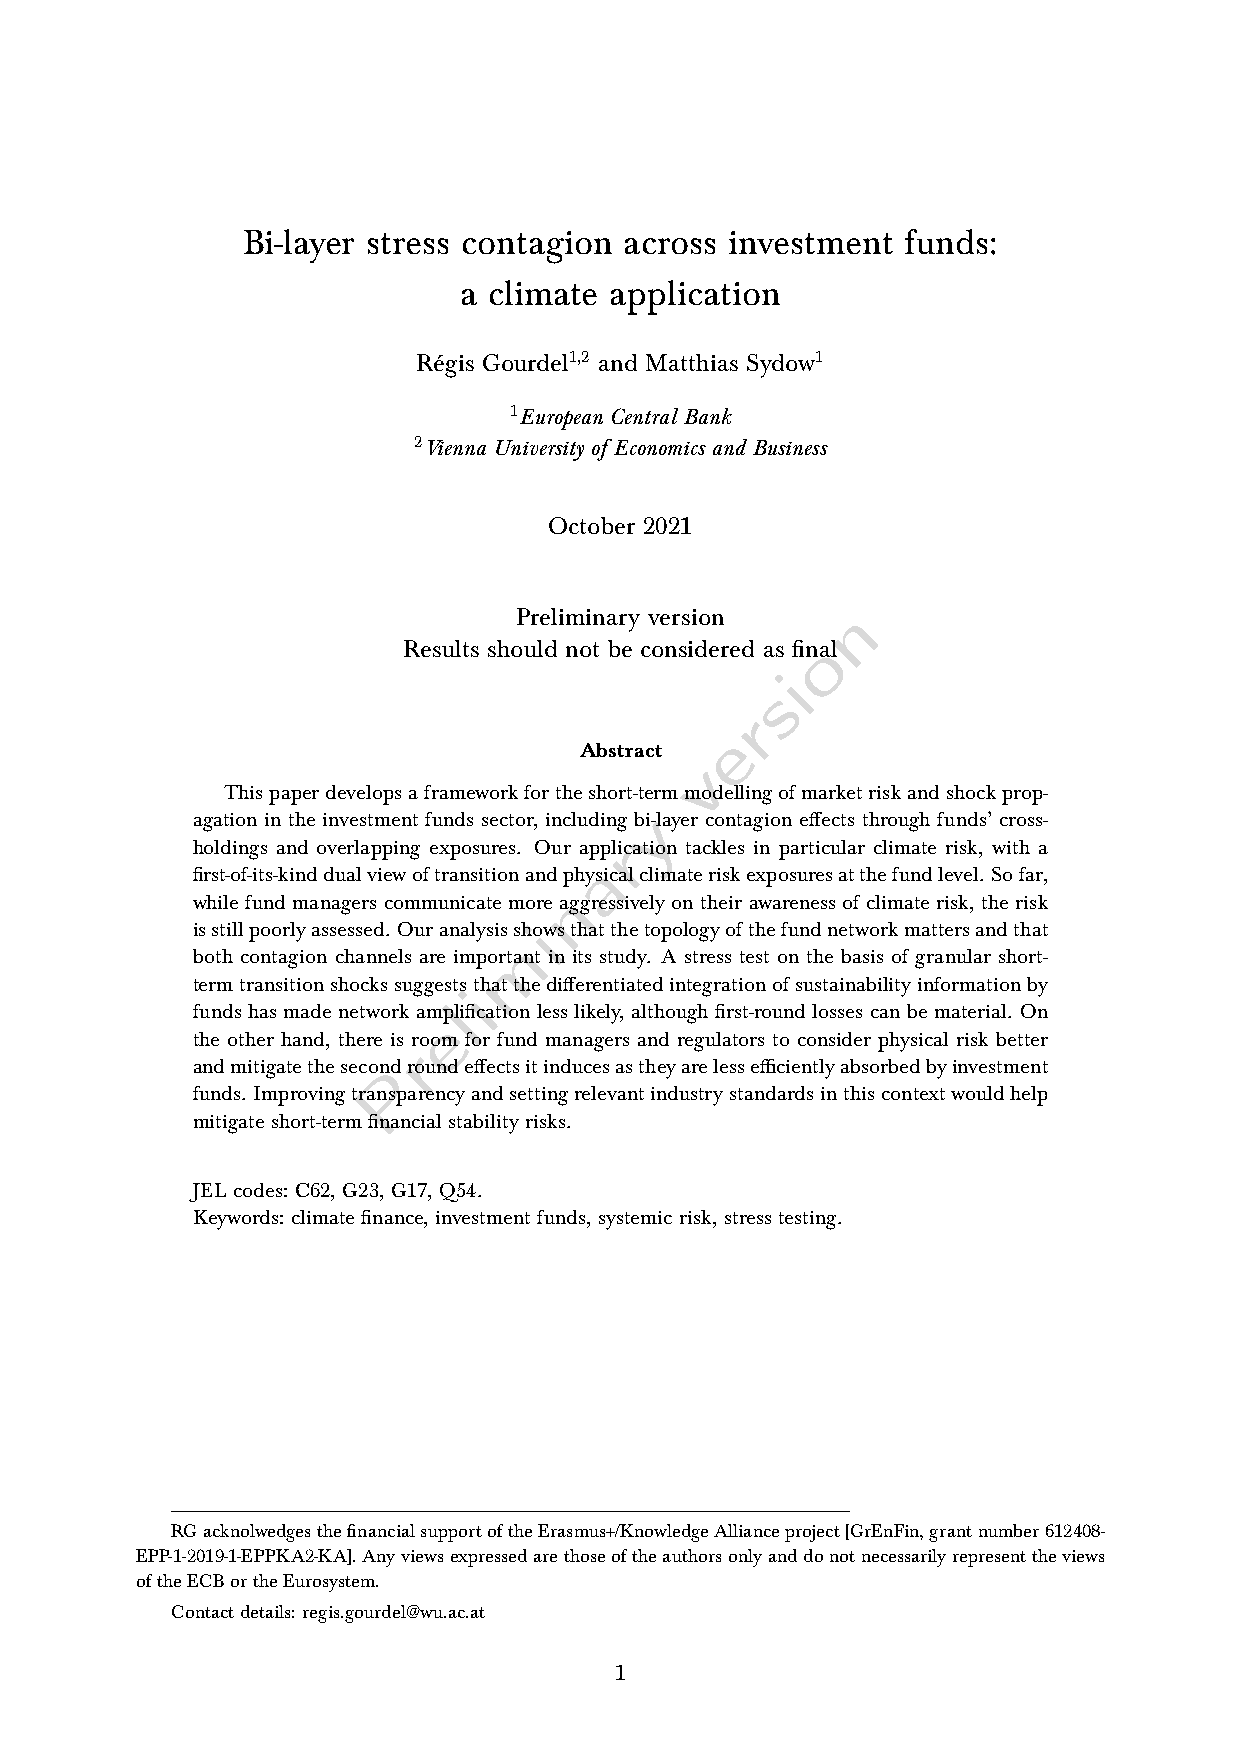
Bi-layer stress contagion across investment funds:
 a climate application
 Régis Gourdel1,2 and Matthias Sydow1
 1
 European Central Bank
 2
 Vienna University of Economics and Business
 October 2021
 Preliminary version   n
 Results should not be considered as finoal
 i
 s
 r
 e
 Abstract
 v
 Thispaperdevelopsaframeworkfortheshort-termmodellingofmarketriskandshockprop-
 agation in the investment funds sector, including byi-layer contagion effects through funds’ cross-
 holdings and overlapping exposures. Our apprlication tackles in particular climate risk, with a
 a
 first-of-its-kinddualviewoftransitionandphysicalclimateriskexposuresatthefundlevel. Sofar,
 n
 while fund managers communicate more aggressively on their awareness of climate risk, the risk
 isstillpoorlyassessed. Ouranalysisshiowsthatthetopologyofthefundnetworkmattersandthat
 m
 both contagion channels are important in its study. A stress test on the basis of granular short-
 termtransitionshockssuggeststhatthedifferentiatedintegrationofsustainabilityinformationby
 i
 funds has made network ampllification less likely, although first-round losses can be material. On
 e
 the other hand, there is room for fund managers and regulators to consider physical risk better
 r
 andmitigatetheseconPdroundeffectsitinducesastheyarelessefficientlyabsorbedbyinvestment
 funds. Improvingtransparencyandsettingrelevantindustrystandardsinthiscontextwouldhelp
 mitigateshort-termfinancialstabilityrisks.
 JELcodes: C62,G23,G17,Q54.
 Keywords: climatefinance,investmentfunds,systemicrisk,stresstesting.
 RGacknolwedgesthefinancialsupportoftheErasmus+/KnowledgeAllianceproject[GrEnFin,grantnumber612408-
 EPP-1-2019-1-EPPKA2-KA].Anyviewsexpressedarethoseoftheauthorsonlyanddonotnecessarilyrepresenttheviews
 oftheECBortheEurosystem.
 Contactdetails: regis.gourdel@wu.ac.at
 1